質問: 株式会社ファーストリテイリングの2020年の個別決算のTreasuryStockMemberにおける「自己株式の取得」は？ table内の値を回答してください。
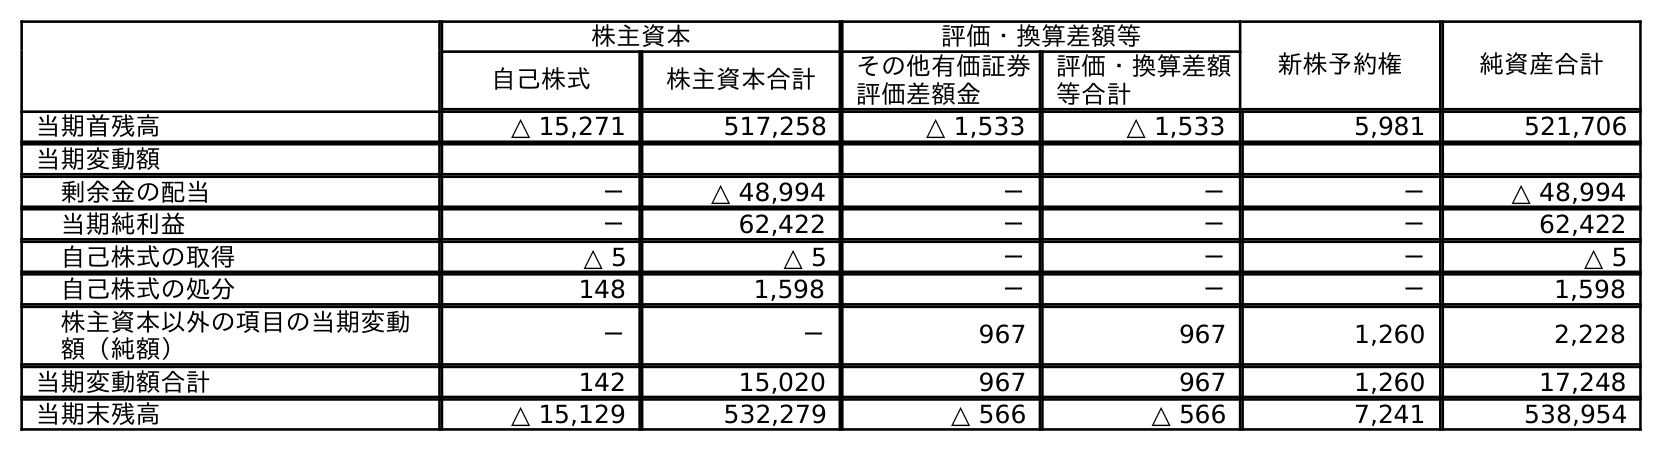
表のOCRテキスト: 株主資本 評価・換算差額等 新株予約権 純資産合計 自己株式 株主資本合計 その他有価証券 評価差額金 評価・換算差額 等合計 当期首残高 △ 15,271 517,258 △ 1,533 △ 1,533 5,981 521,706 当期変動額 剰余金の配当 － △ 48,994 － － － △ 48,994 当期純利益 － 62,422 － － － 62,422 自己株式の取得 △ 5 △ 5 － － － △ 5 自己株式の処分 148 1,598 － － － 1,598 株主資本以外の項目の当期変動 額（純額） － － 967 967 1,260 2,228 当期変動額合計 142 15,020 967 967 1,260 17,248 当期末残高 △ 15,129 532,279 △ 566 △ 566 7,241 538,954
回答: △5